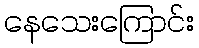
နေသေးကြောင်း